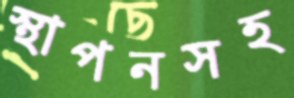
স্থাপনসহ